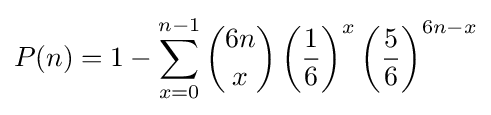
P(n)=1-\sum _{x=0}^{n-1}{\binom {6n}{x}}\left({\frac {1}{6}}\right)^{x}\left({\frac {5}{6}}\right)^{6n-x}